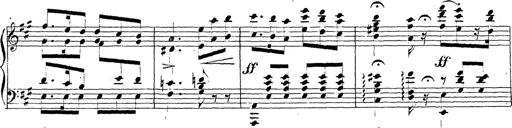
Title: Chanson bohÃ©mienne
Composer: Franz Liszt